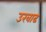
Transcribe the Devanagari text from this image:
उखाढ